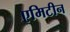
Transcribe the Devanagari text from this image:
एमिटीन